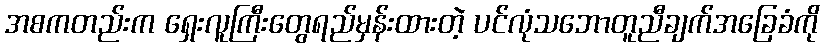
အစကတည်းက ရှေးလူကြီးတွေရည်မှန်းထားတဲ့ ပင်လုံသဘောတူညီချက်အခြေခံကို